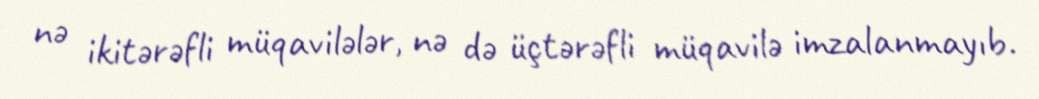
nə ikitərəfli müqavilələr, nə də üçtərəfli müqavilə imzalanmayıb.